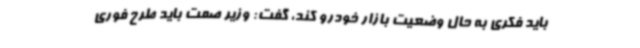
باید فکری به حال وضعیت بازار خودرو کند، گفت: وزیر صمت باید طرح فوری